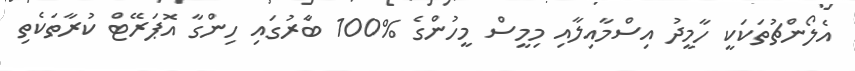
އެލޯންޗުތަކަކީ ހާމީދު އިސްމާއިލާއި މިމީސް މީހުންގެ %100 ބާެރުގައި ހިންގާ އޮޕަރޭޓް ކުރާތަކެތި